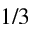
1 / 3